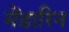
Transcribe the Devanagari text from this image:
मेंडारिन